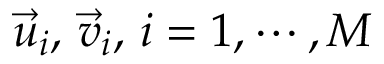
\vec { u } _ { i } , \, \vec { v } _ { i } , \, i = 1 , \cdots , M